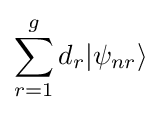
\sum _{r=1}^{g}d_{r}|\psi _{nr}\rangle